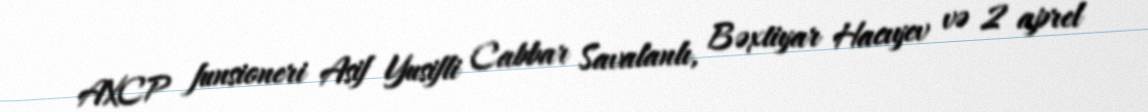
AXCP funsioneri Asif Yusifli Cabbar Savalanlı, Bəxtiyar Hacıyev və 2 aprel